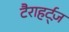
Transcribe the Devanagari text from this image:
टैराहर्ट्ज़